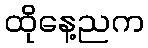
ထိုနေ့ညက